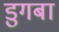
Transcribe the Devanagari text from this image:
डुगबा